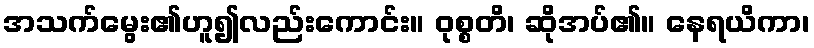
အသက်မွေး၏ဟူ၍လည်းကောင်း။ ဝုစ္စတိ၊ ဆိုအပ်၏။ နေရယိကာ၊